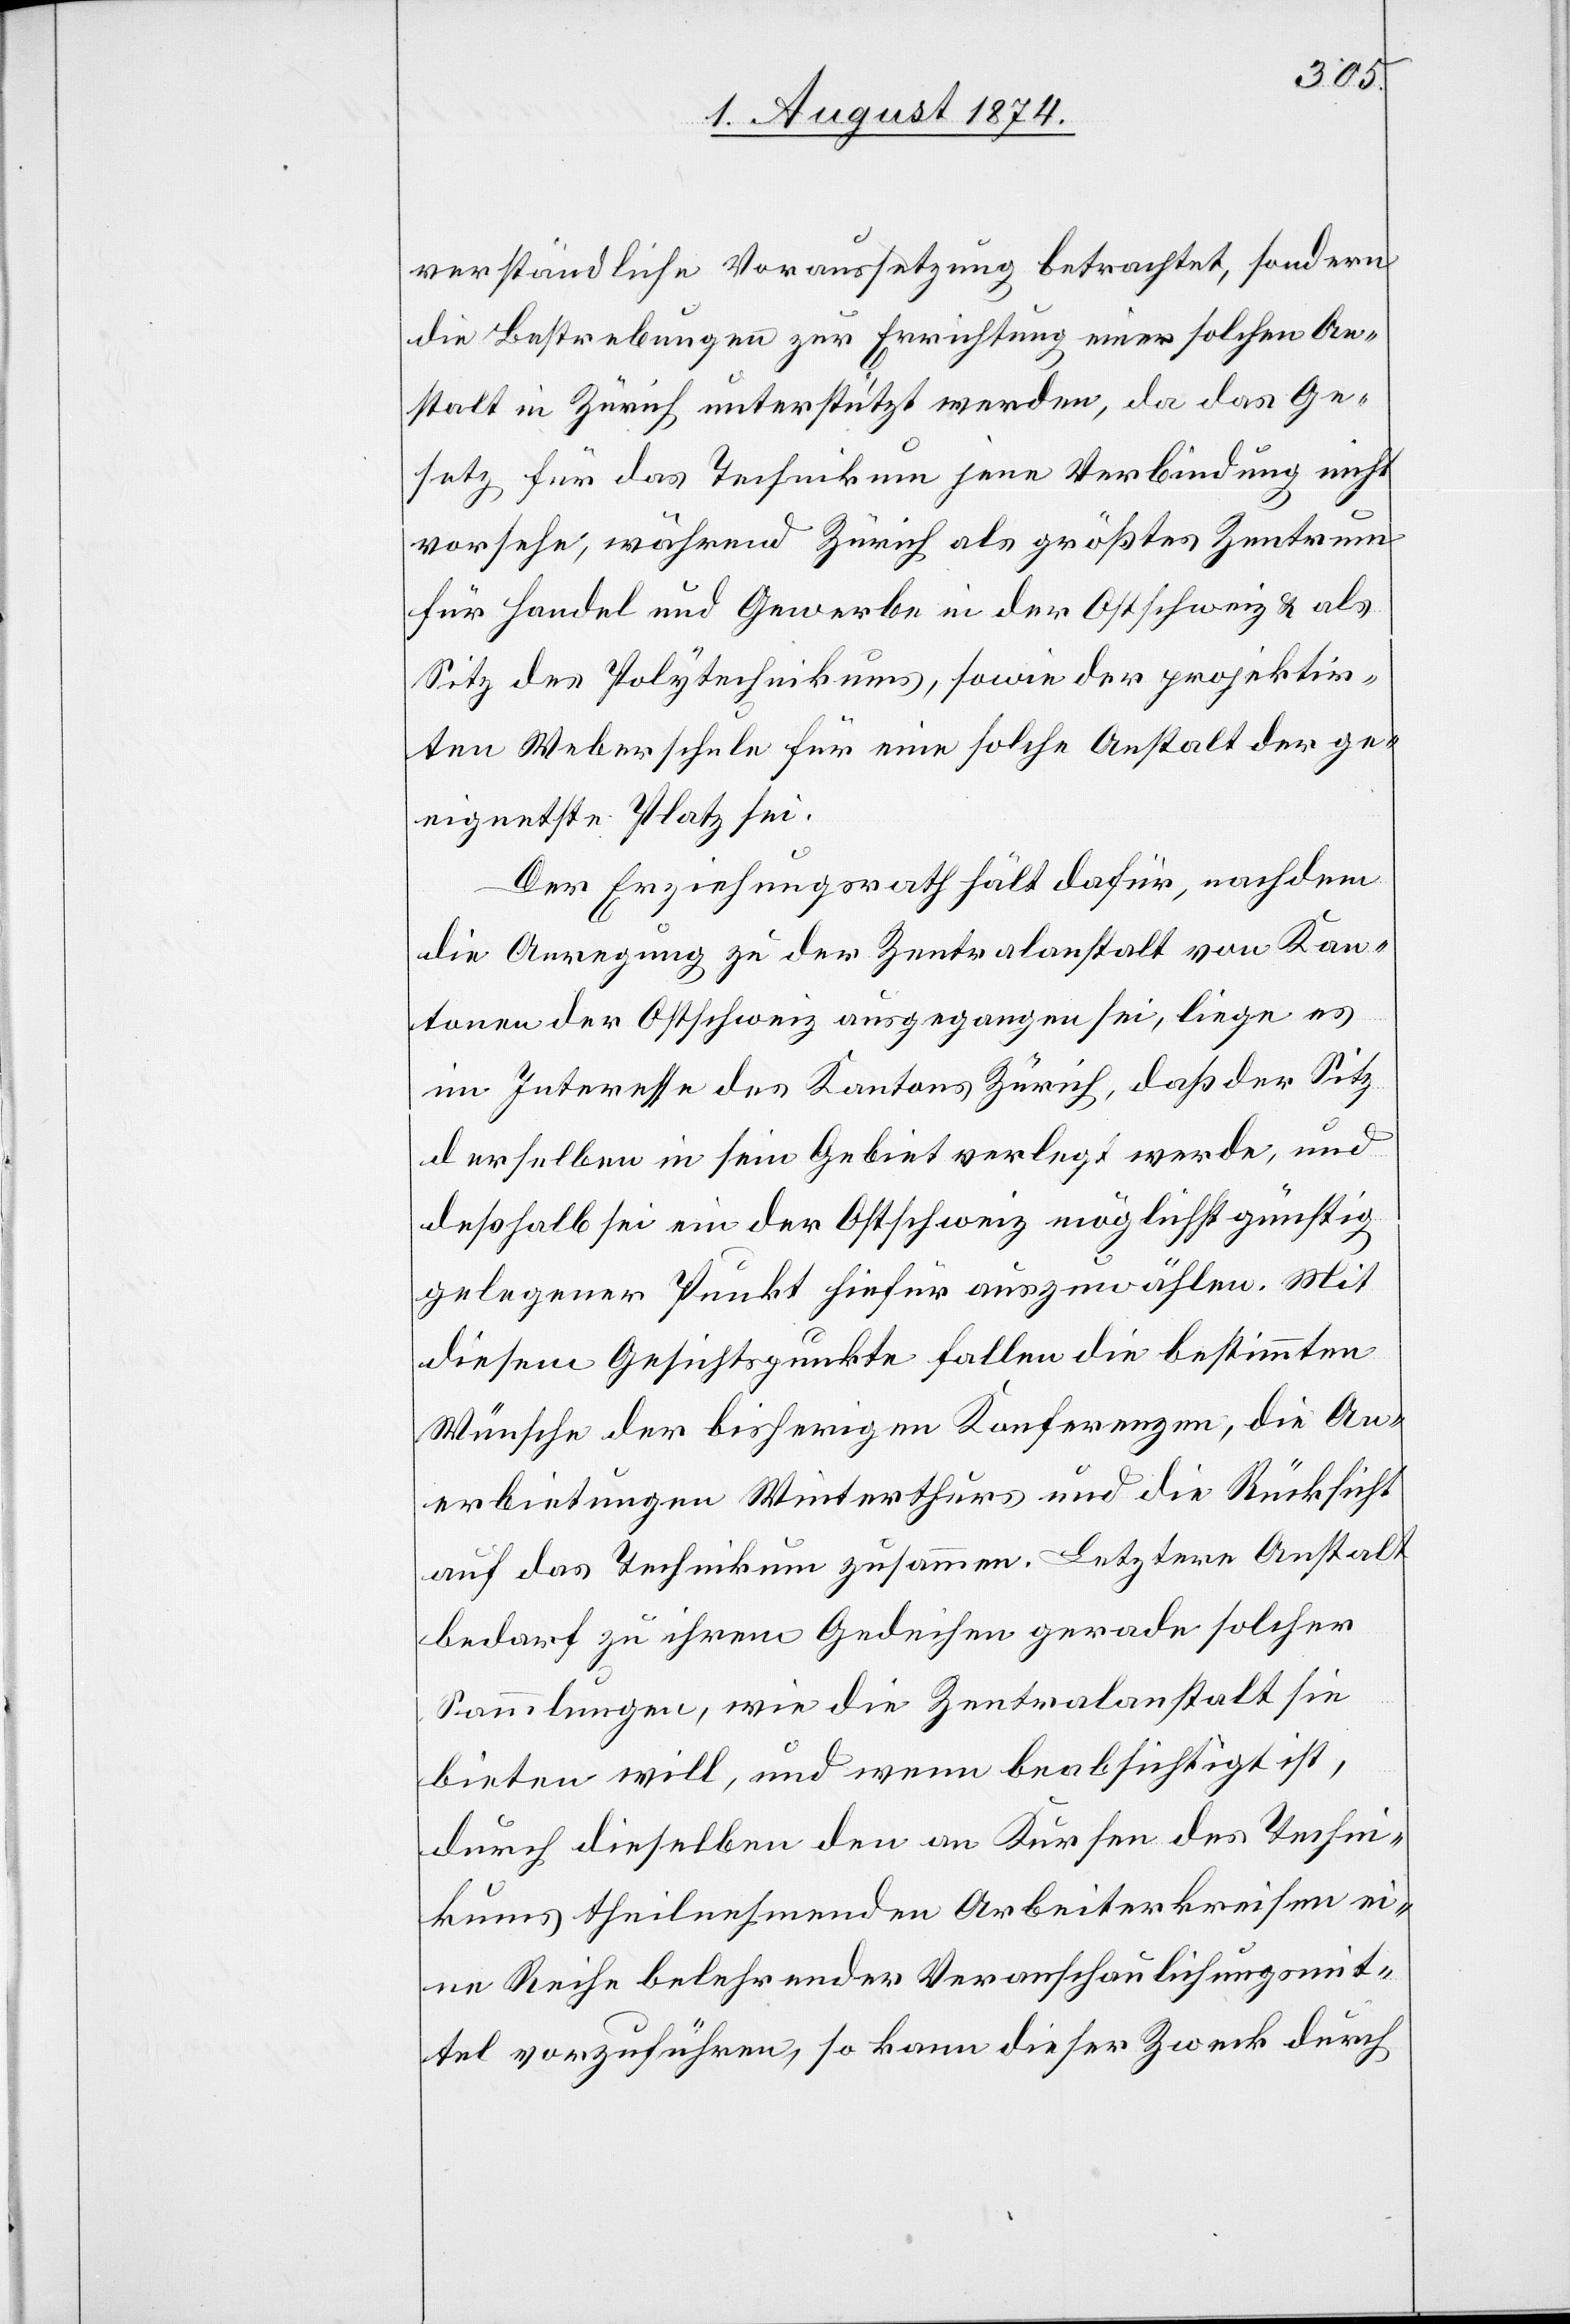
verständliche Voraussetzung betrachtet, sondern
die Bestrebungen zur Errichtung einer solchen An¬
stalt in Zürich unterstützt werden, da das Ge¬
setz für das Technikum jene Verbindung nicht
vorsehe, während Zürich als größtes Zentrum
für Handel und Gewerbe in der Ostschweiz u. als
Sitz des Polytechnikums, sowie der projektir¬
ten Weberschule für eine solche Anstalt der ge¬
eignethe Platz sei.
Der Erziehungsrath hält dafür, nachdem
die Anregung zu der Zentralanstalt von Kan¬
tonen der Ostschweiz ausgegangen sei, liege es
im Interesse des Kantons Zürich, daß der Sitz
derselben in sein Gebiet verlegt werde, und
deßhalb sei ein der Ostschweiz möglichst günstig
gelegener Punkt hiefür auszuwählen. Mit
diesem Gesichtspunkte fallen die bestimmten
Wünsche der bisherigen Konferenzen, die An¬
erbietungen Winterthurs und die Rücksicht
auf das Technikum zusammen. Letztere Anstalt
bedarf zu ihrem Gedeihen gerade solcher
Sammlungen, wie die Zentralanstalt sie
bieten will, und wenn beabsichtigt ist,
durch dieselben den an Kursen des Techni¬
kums theilnehmenden Arbeiterkreisen ei¬
ne Reihe belehrender Veranschaulichungsmit¬
tel vorzuführen, so kann dieser Zweck durch